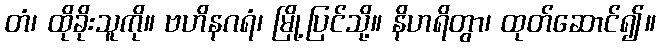
တံ၊ ထိုခိုးသူကို။ ဗဟိနဂရံ၊ မြို့ပြင်သို့။ နိဟရိတွာ၊ ထုတ်ဆောင်၍။